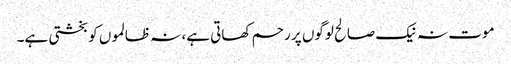
موت نہ نیک صالح لوگوں پر رحم کھاتی ہے، نہ ظالموں کو بخشتی ہے۔